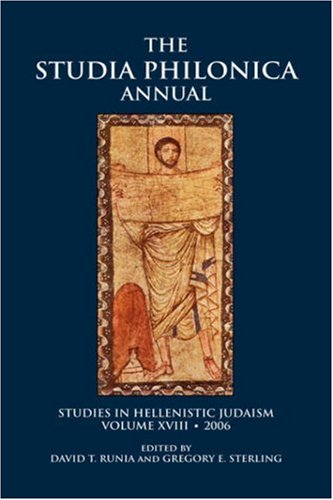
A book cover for Studia Philonica Annual, XVIII, 2006 (Studies in Hellenistic Judaism) (Society of Biblical Literature); Religion & Spirituality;